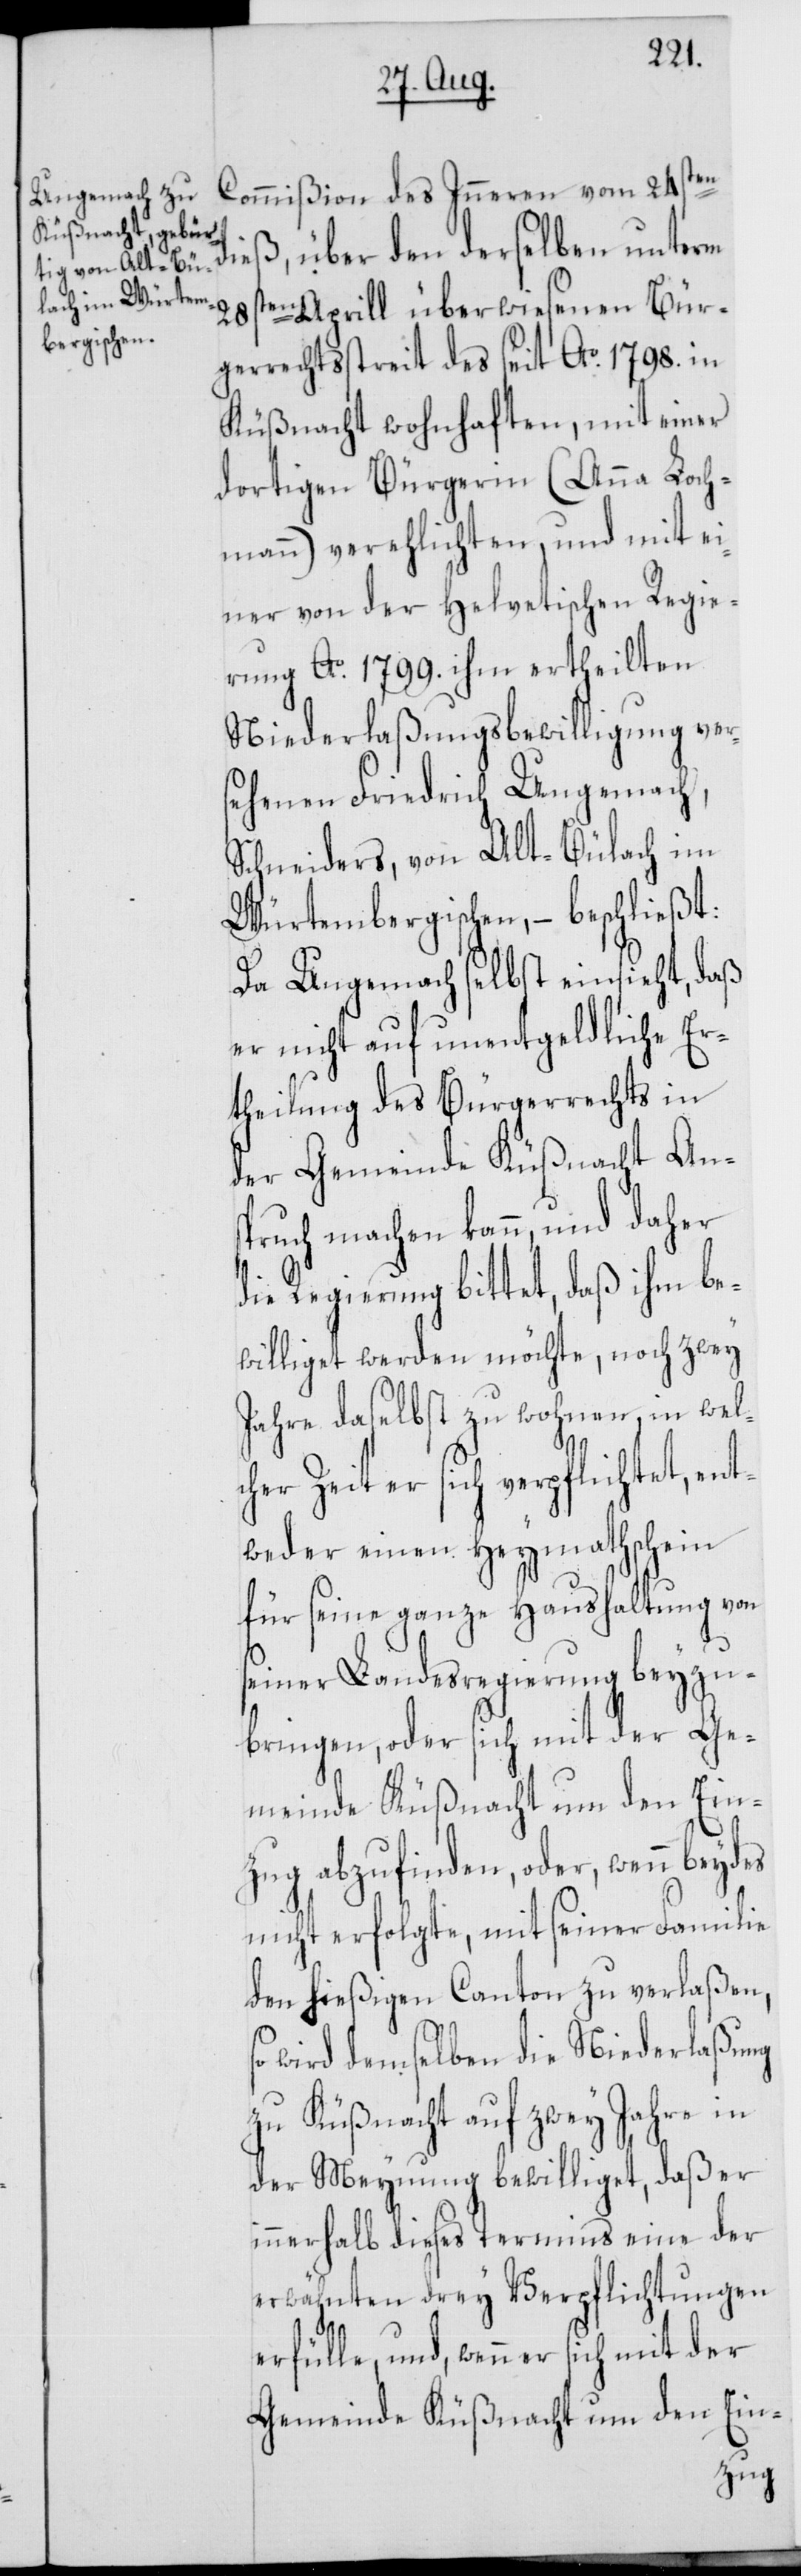
Commißion des Inneren vom 24sten
dieß, über den derselben unterm
28sten Aprill überwiesenen Bür¬
gerrechtsstreit des seit Ao. 1798. in
Küßnacht wohnhaften, mit einer
dortigen Bürgerin (Anna Loch¬
mann) verehlichten, und mit ei¬
ner von der Helvetischen Regie¬
rung Ao. 1799. ihm ertheilten
Niederlaßungsbewilligung vers¬
ehenen Friedrich Ungemach,
Schneiders, von Alt-Bülach im
Würtembergischen, – beschließt:
Da Ungemach selbst einsieht, daß
er nicht auf unentgeldliche Er¬
theilung des Bürgerrechts in
der Gemeinde Küßnacht Ans¬
pruch machen kann, und daher
die Regierung bittet, daß ihm be¬
williget werden möchte, noch zwey
Jahre daselbst zu wohnen, in wel¬
cher Zeit er sich verpflichtet, ent¬
weder einen Heymathschein
für seine ganze Haushaltung von
seiner Landesregierung beyzu¬
bringen, oder sich mit der Ge¬
meinde Küßnacht um den Ein¬
zug abzufinden, oder, wenn beydes
nicht erfolgte, mit seiner Familie
den hießigen Canton zu verlaßen,
wird demselben die Niederlaßung
zu Küßnacht auf zwey Jahre in
der Meynung bewilliget, daß er
innerhalb dieses Termins eine der
erwähnten drey Verpflichtungen
erfülle, und, wenn er sich mit der
Gemeinde Küßnacht um den Ein-